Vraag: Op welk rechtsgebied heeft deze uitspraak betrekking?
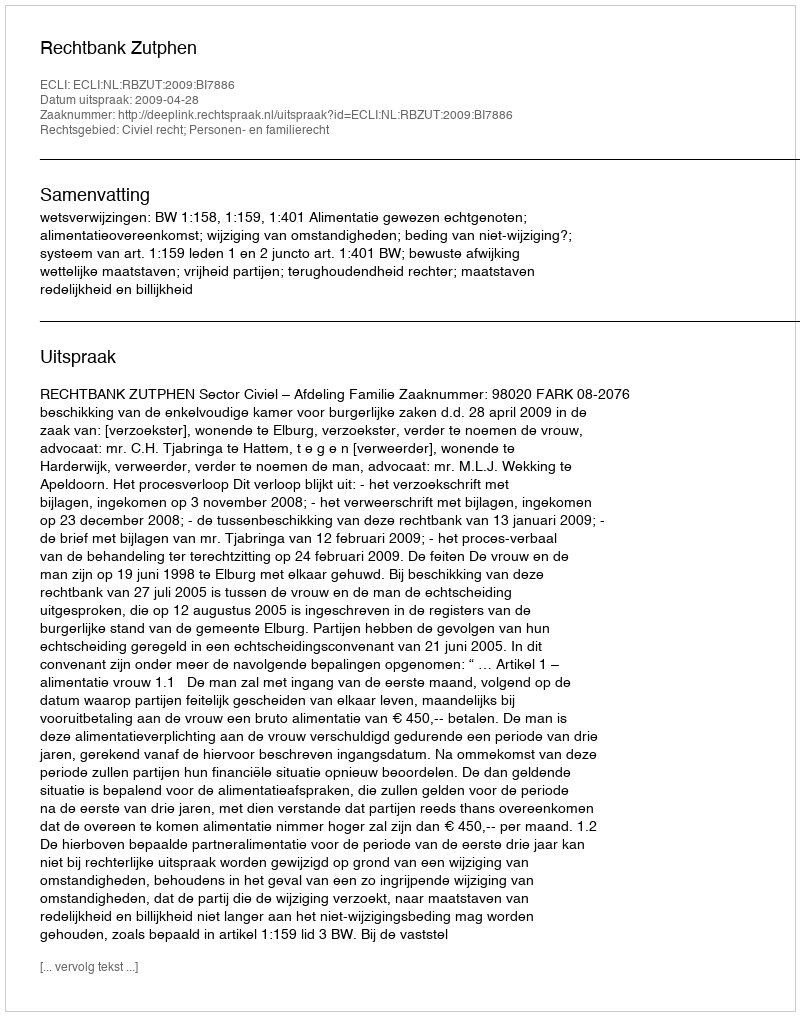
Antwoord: Civiel recht; Personen- en familierecht